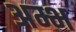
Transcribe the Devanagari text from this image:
अम्भ